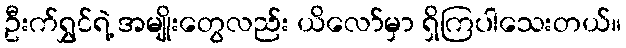
ဦးက်ရွှင်ရဲ့ အမျိုးတွေလည်း ယိလော်မှာ ရှိကြပါသေးတယ်။